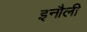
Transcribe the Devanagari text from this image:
इनौली